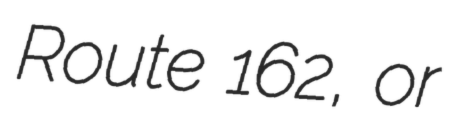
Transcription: Route 162, or